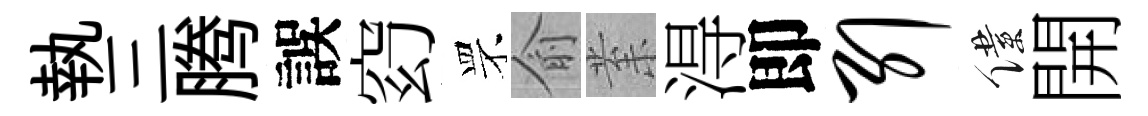
執三腾誤𥥆罘俞𭪙淂即引僕開